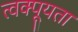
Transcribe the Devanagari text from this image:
त्वक्पूयता